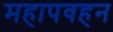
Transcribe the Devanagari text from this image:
महापवहन